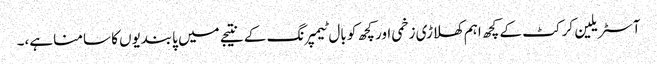
آسٹریلین کرکٹ کے کچھ اہم کھلاڑی زخمی اور کچھ کو بال ٹیمپرنگ کے نتیجے میں پابندیوں کا سامنا ہے،۔